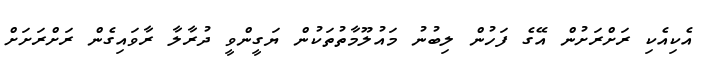
އެކިއެކި ރަށްރަށުން އޭގެ ފަހުން ލިބުނު މައުލޫމާތުތަކުން ޔަގީންވީ ދުރާލާ ރާވައިގެން ރަށްރަށަށް